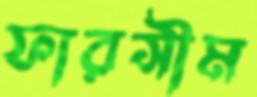
ফারসীম